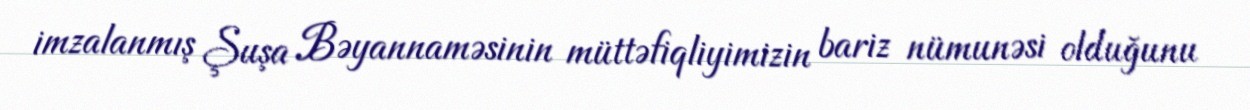
imzalanmış Şuşa Bəyannaməsinin müttəfiqliyimizin bariz nümunəsi olduğunu